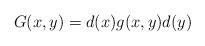
LaTeX: \begin{align*}G(x,y) = d(x) g(x,y) d(y)\end{align*}